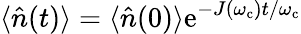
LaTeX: \langle\hat{n}(t)\rangle=\langle\hat{n}(0)\rangle\mathrm{e}^{-J(\omega_{\mathrm{c}})t/\omega_{\mathrm{c}}}